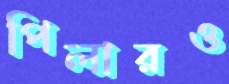
পিলারও